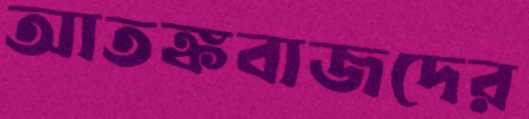
আতঙ্কবাজদের